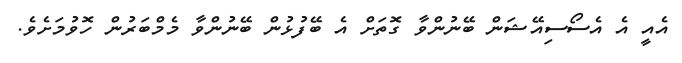
އެއީ އެ އެސޯސިއޭޝަން ބޭނުންވާ ގޮތަށް އެ ބޭފުޅުން ބޭނުންވާ މެމްބަރުން ހޮވުމަށެވެ.